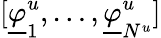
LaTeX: [\underline{{\varphi}}_{1}^{u},\dots,\underline{{\varphi}}_{N^{u}}^{u}]